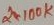
Text: 2X100K